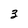
Character: 3